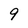
Character: 9